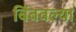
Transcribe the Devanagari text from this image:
बिंबवल्या